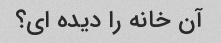
آن خانه را دیده ای؟